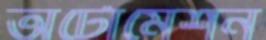
অটোমেশন